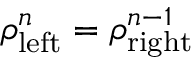
\rho _ { \mathrm { l e f t } } ^ { n } = \rho _ { \mathrm { r i g h t } } ^ { n - 1 }